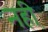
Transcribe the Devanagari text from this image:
नही़